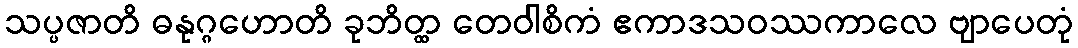
သပ္ပဇာတိ ဓနုဂ္ဂဟောတိ ခုဘိတ္ထ တေဝါစိကံ ဧကာဒသဝဿကာလေ ဗျာပေတုံ